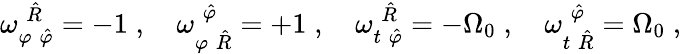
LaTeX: {\omega}_{\varphi\; \hat{\varphi}}^{\; \hat{R}}=-1\; ,\quad{\omega}_{\varphi\; \hat{R}}^{\; \hat{\varphi}}=+1\; ,\quad{\omega}_{t\; \hat{\varphi}}^{\; \hat{R}}=-{\Omega}_{0}\; ,\quad{\omega}_{t\; \hat{R}}^{\; \hat{\varphi}}={\Omega}_{0}\; ,